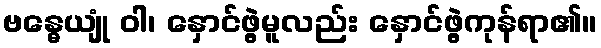
ဗန္ဓေယျုံ ဝါ၊ နှောင်ဖွဲ့မူလည်း နှောင်ဖွဲ့ကုန်ရာ၏။